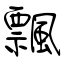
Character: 飄